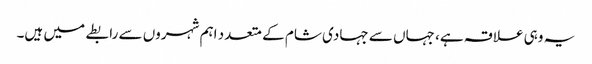
یہ وہی علاقہ ہے، جہاں سے جہادی شام کے متعدد اہم شہروں سے رابطے میں ہیں۔